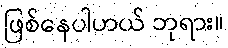
ဖြစ်နေပါဟယ် ဘုရား။